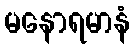
မနောရမာနံ